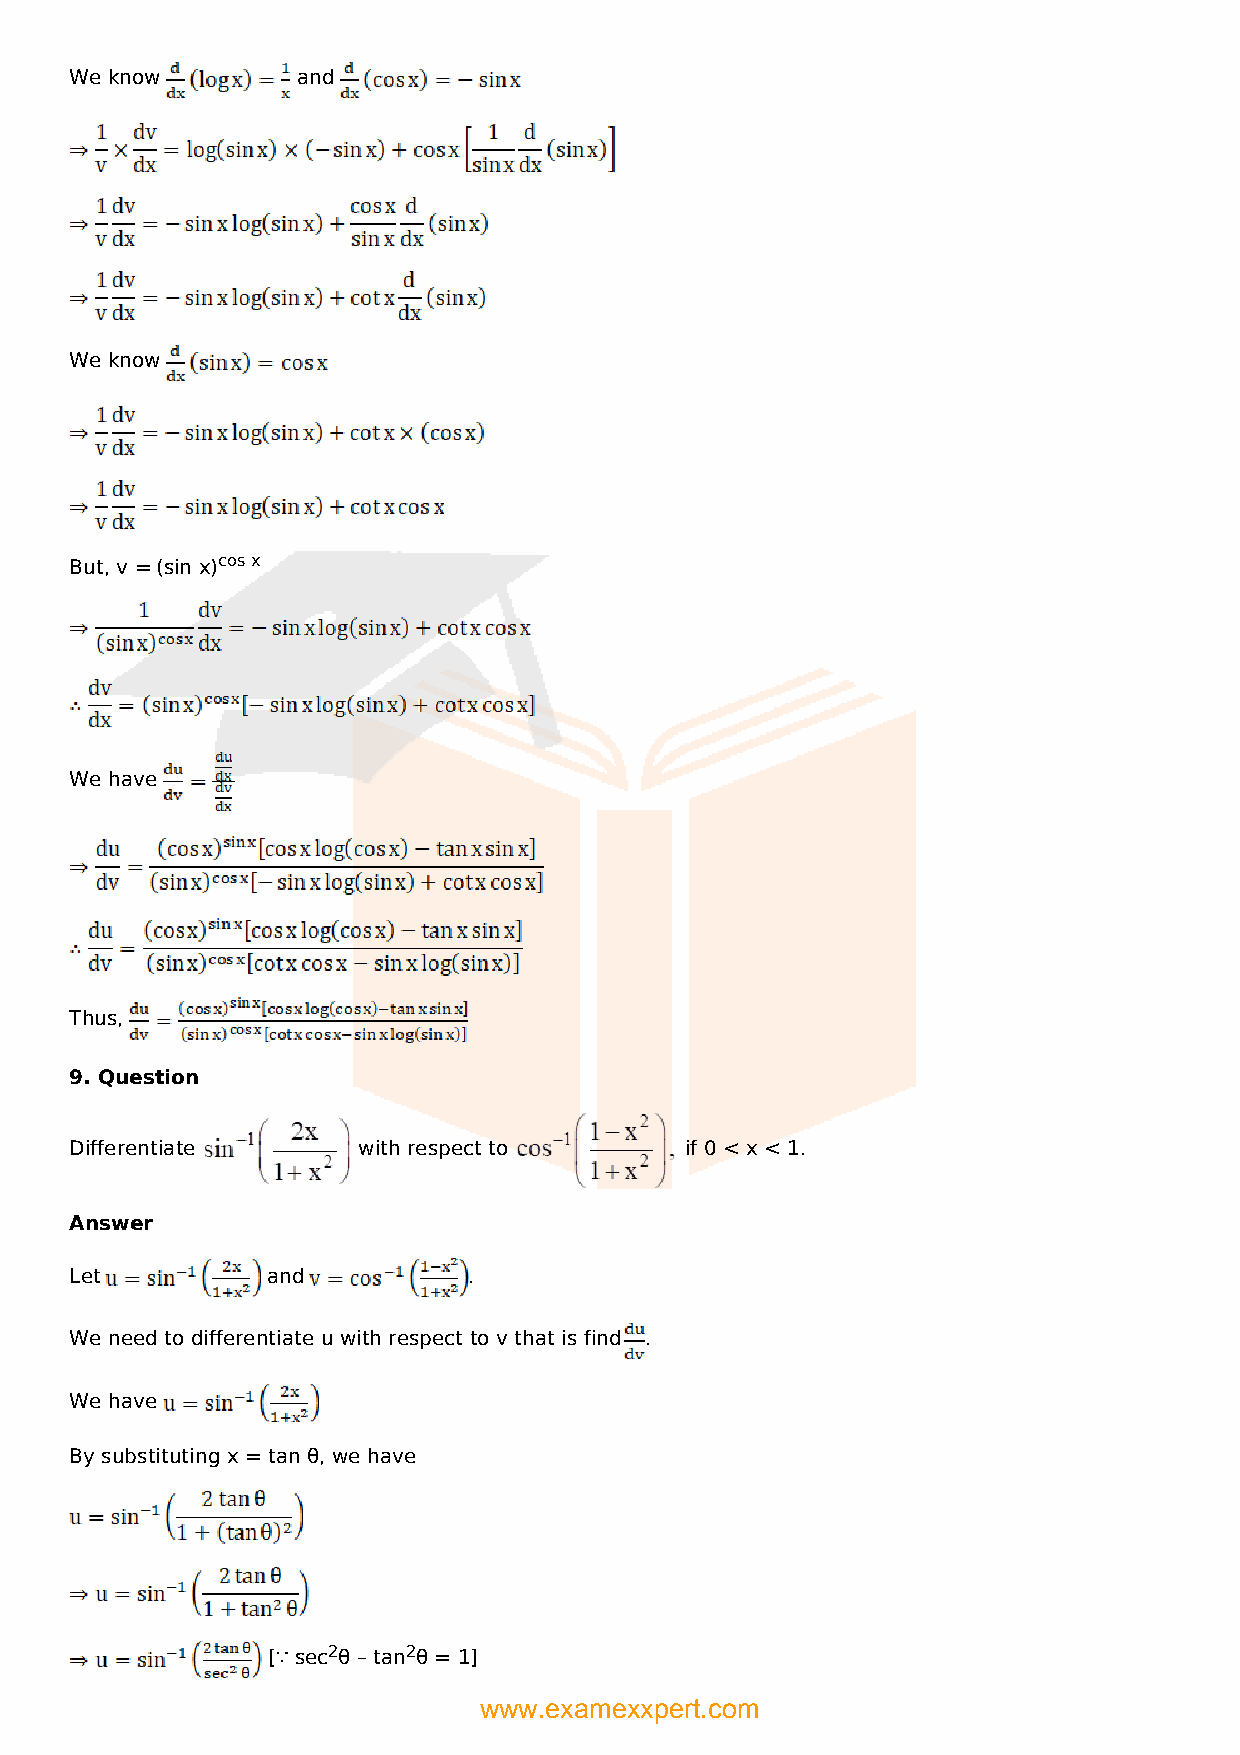
We know        and
 We know
 But, v = (sin x)cos x
 We have
 Thus,
 9. Question
 Differentiate      with respect to      if 0 < x < 1.
 Answer
 Let          and          .
 We need to differentiate u with respect to v that is find .
 We have
 By substituting x = tan θ, we have
 [∵ sec2θ – tan2θ = 1]
 www.examexxpert.com